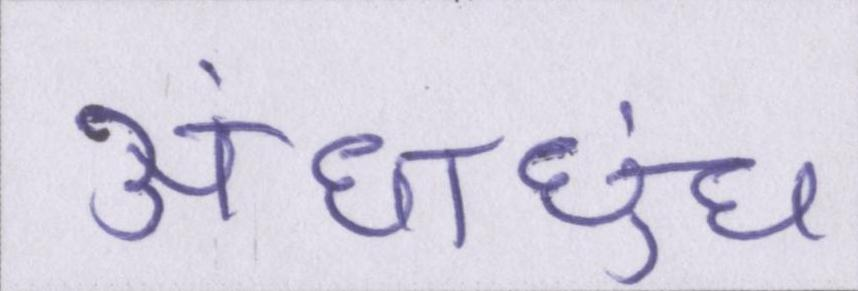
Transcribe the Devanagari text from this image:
अंधाधुंध